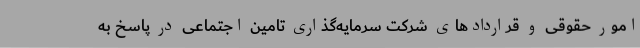
امور حقوقی و قراردادهای شرکت سرمایه‌گذاری تامین اجتماعی در پاسخ به